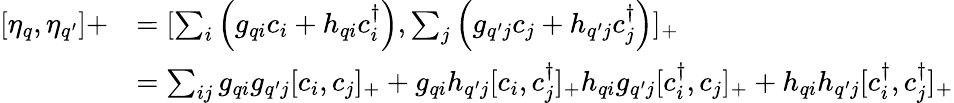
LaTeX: \begin{array}{rl}{[\eta_{q},\eta_{q^{\prime}}]+}&{=[\sum_{i}\left(g_{qi}c_{i}+h_{qi}c_{i}^{\dagger}\right),\sum_{j}\left(g_{q^{\prime}j}c_{j}+h_{q^{\prime}j}c_{j}^{\dagger}\right)]_{+}}\\ &{=\sum_{ij}g_{qi}g_{q^{\prime}j}[c_{i},c_{j}]_{+}+g_{qi}h_{q^{\prime}j}[c_{i},c_{j}^{\dagger}]_{+}h_{qi}g_{q^{\prime}j}[c_{i}^{\dagger},c_{j}]_{+}+h_{qi}h_{q^{\prime}j}[c_{i}^{\dagger},c_{j}^{\dagger}]_{+}}\end{array}